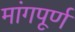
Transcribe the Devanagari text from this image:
मांगपूर्ण